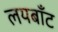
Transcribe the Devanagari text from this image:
लयबाँट